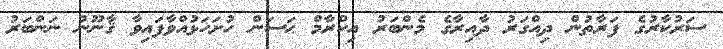
ސަރުކާރުގެ ފަރާތުން ދިއްގަރު ދާއިރާގެ މެންބަރު އިކްރާމް ޙަސަން ހުށަހަޅުއްވާފައިވާ ޤާނޫނު ނަންބަރު